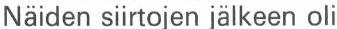
Näiden siirtojen jälkeen oli